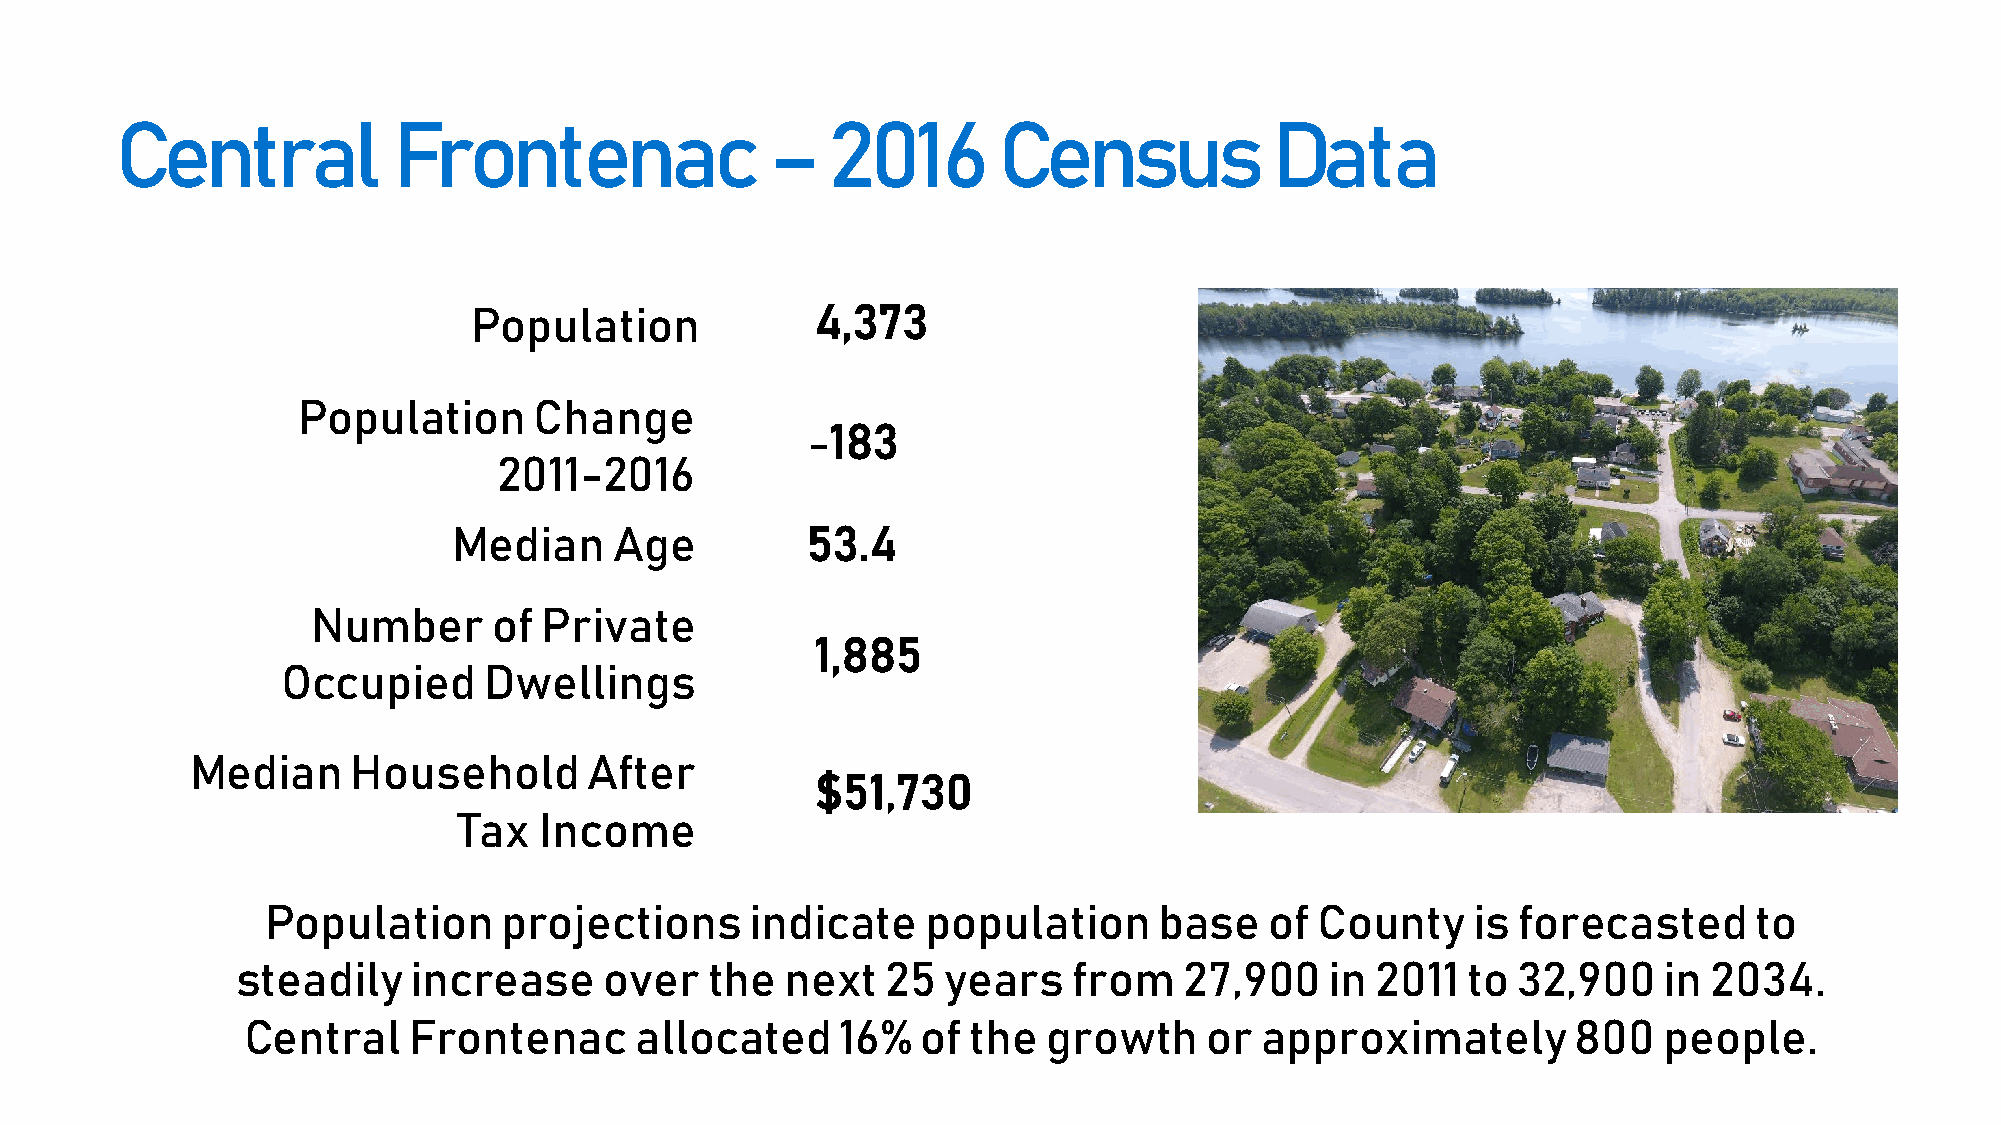
Central           Frontenac                –   2016       Census            Data
 Population             4,373
 Population     Change
 -183
 2011-2016
 Median     Age         53.4
 Number      of Private
 1,885
 Occupied     Dwellings
 Median    Household       After
 $51,730
 Tax   Income
 Population     projections      indicate   population      base   of County     is forecasted     to
 steadily   increase     over   the  next   25  years   from   27,900    in 2011  to 32,900    in 2034.
 Central    Frontenac      allocated     16%  of the  growth     or approximately        800   people.